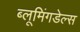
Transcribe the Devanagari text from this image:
ब्लूमिंगडेल्स